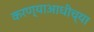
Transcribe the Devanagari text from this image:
करण्याआधीच्या